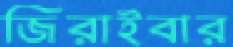
জিরাইবার